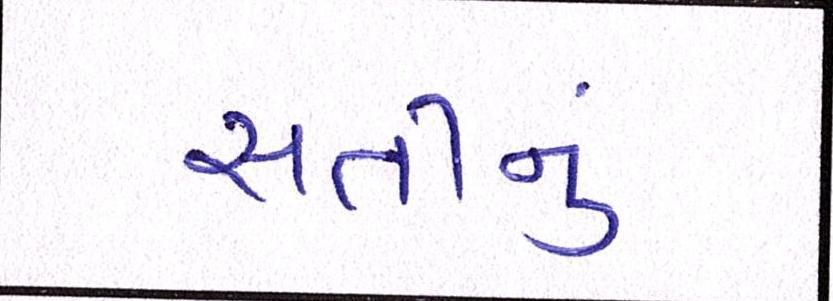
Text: સતીનું